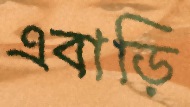
এবাড়ি